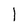
Character: 1